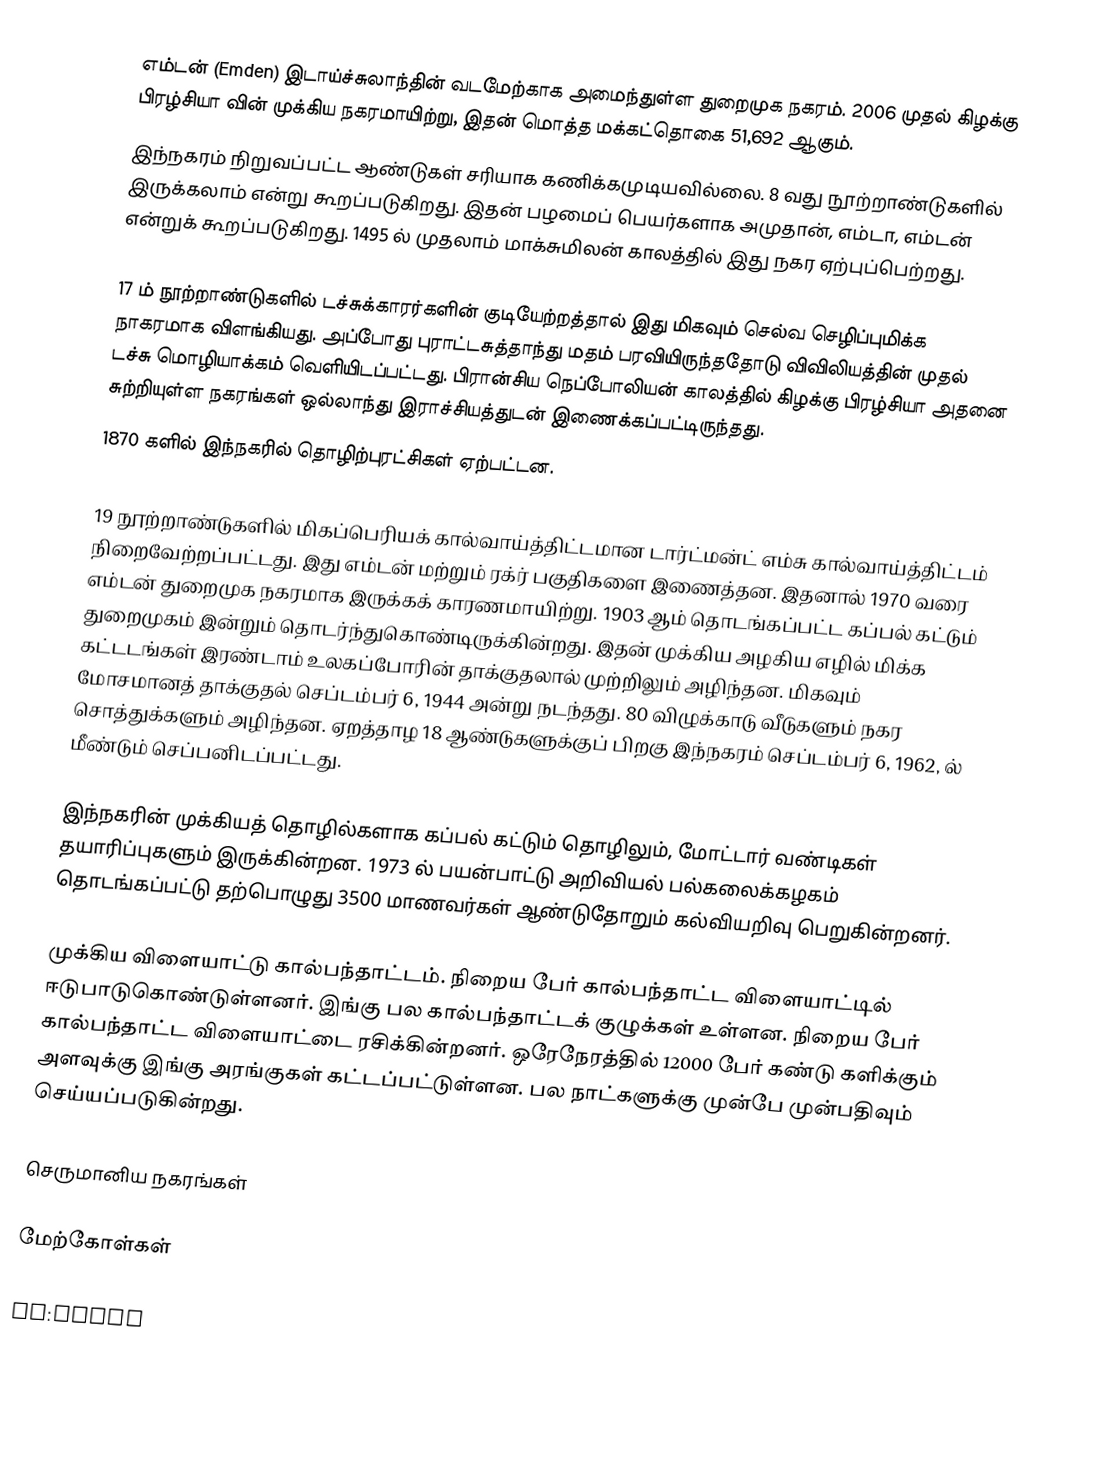
எம்டன் (Emden) இடாய்ச்சுலாந்தின் வடமேற்காக அமைந்துள்ள துறைமுக நகரம். 2006 முதல் கிழக்கு பிரழ்சியா வின் முக்கிய நகரமாயிற்று, இதன் மொத்த மக்கட்தொகை 51,692 ஆகும்.
இந்நகரம் நிறுவப்பட்ட ஆண்டுகள் சரியாக கணிக்கமுடியவில்லை. 8 வது நூற்றாண்டுகளில் இருக்கலாம் என்று கூறப்படுகிறது. இதன் பழமைப் பெயர்களாக அமுதான், எம்டா, எம்டன் என்றுக் கூறப்படுகிறது. 1495 ல் முதலாம் மாக்சுமிலன் காலத்தில் இது நகர ஏற்புப்பெற்றது.

17 ம் நூற்றாண்டுகளில் டச்சுக்காரர்களின் குடியேற்றத்தால் இது மிகவும் செல்வ செழிப்புமிக்க நாகரமாக விளங்கியது. அப்போது புராட்டசுத்தாந்து மதம் பரவியிருந்ததோடு விவிலியத்தின் முதல் டச்சு மொழியாக்கம் வெளியிடப்பட்டது. பிரான்சிய நெப்போலியன் காலத்தில் கிழக்கு பிரழ்சியா அதனை சுற்றியுள்ள நகரங்கள் ஒல்லாந்து இராச்சியத்துடன் இணைக்கப்பட்டிருந்தது.
1870 களில் இந்நகரில் தொழிற்புரட்சிகள் ஏற்பட்டன.

19 நூற்றாண்டுகளில் மிகப்பெரியக் கால்வாய்த்திட்டமான டார்ட்மன்ட் எம்சு கால்வாய்த்திட்டம் நிறைவேற்றப்பட்டது. இது எம்டன் மற்றும் ரக்ர் பகுதிகளை இணைத்தன. இதனால் 1970 வரை எம்டன் துறைமுக நகரமாக இருக்கக் காரணமாயிற்று. 1903 ஆம் தொடங்கப்பட்ட கப்பல் கட்டும் துறைமுகம் இன்றும் தொடர்ந்துகொண்டிருக்கின்றது. இதன் முக்கிய அழகிய எழில் மிக்க கட்டடங்கள் இரண்டாம் உலகப்போரின் தாக்குதலால் முற்றிலும் அழிந்தன. மிகவும் மோசமானத் தாக்குதல் செப்டம்பர் 6, 1944 அன்று நடந்தது. 80 விழுக்காடு வீடுகளும் நகர சொத்துக்களும் அழிந்தன. ஏறத்தாழ 18 ஆண்டுகளுக்குப் பிறகு இந்நகரம் செப்டம்பர் 6, 1962, ல் மீண்டும் செப்பனிடப்பட்டது.

இந்நகரின் முக்கியத் தொழில்களாக கப்பல் கட்டும் தொழிலும், மோட்டார் வண்டிகள் தயாரிப்புகளும் இருக்கின்றன. 1973 ல் பயன்பாட்டு அறிவியல் பல்கலைக்கழகம் தொடங்கப்பட்டு தற்பொழுது 3500 மாணவர்கள் ஆண்டுதோறும் கல்வியறிவு பெறுகின்றனர்.

முக்கிய விளையாட்டு கால்பந்தாட்டம். நிறைய பேர் கால்பந்தாட்ட விளையாட்டில் ஈடுபாடுகொண்டுள்ளனர். இங்கு பல கால்பந்தாட்டக் குழுக்கள் உள்ளன. நிறைய பேர் கால்பந்தாட்ட விளையாட்டை ரசிக்கின்றனர். ஒரேநேரத்தில் 12000 பேர் கண்டு களிக்கும் அளவுக்கு இங்கு அரங்குகள் கட்டப்பட்டுள்ளன. பல நாட்களுக்கு முன்பே முன்பதிவும் செய்யப்படுகின்றது.

செருமானிய நகரங்கள்

மேற்கோள்கள்

uz:Emden